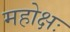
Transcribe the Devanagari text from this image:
महोक्षः